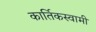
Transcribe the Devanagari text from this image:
कार्तिकस्‍वामी